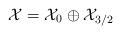
\begin{align*}{\cal X} = {\cal X}_0\oplus {\cal X}_{3/2}\end{align*}